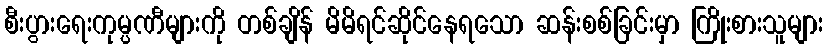
စီးပွားရေးကုမ္ပဏီများကို တစ်ချိန် မိမိရင်ဆိုင်နေရသော ဆန်းစစ်ခြင်းမှာ ကြိုးစားသူများ